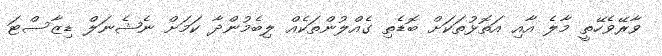
ވާރޭވެހޭތީ މާލެ އާއި އަތޮޅުތަކަށް ބޮޑެތި ގެއްލުންތަކެއް ލިބެމުންދާ ކަމަށް ނެޝެނަލް ޑިޒާސްޓަ